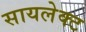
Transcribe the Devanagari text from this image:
सायलेक्ट